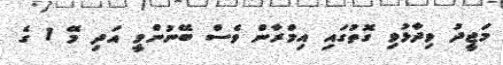
މަޖީދު ވިދާޅުވި ގޮތުގައި އިމްރާން ވެސް ބޭނުންވީ އަދި މޭ 1 ގެ